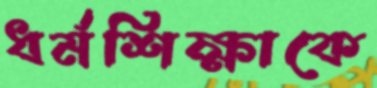
ধর্মশিক্ষাকে